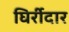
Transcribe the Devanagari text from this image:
घिर्रीदार